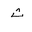
Letter: _tha